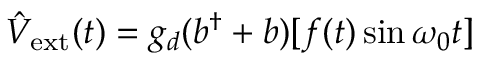
\hat { V } _ { \mathrm { e x t } } ( t ) = g _ { d } ( b ^ { \dagger } + b ) [ f ( t ) \sin \omega _ { 0 } t ]